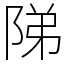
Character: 𨹥